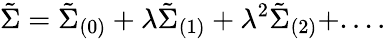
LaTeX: \tilde{\Sigma}=\tilde{\Sigma}_{(0)}+\lambda\tilde{\Sigma}_{(1)}+\lambda^{2}\tilde{\Sigma}_{(2)}+....